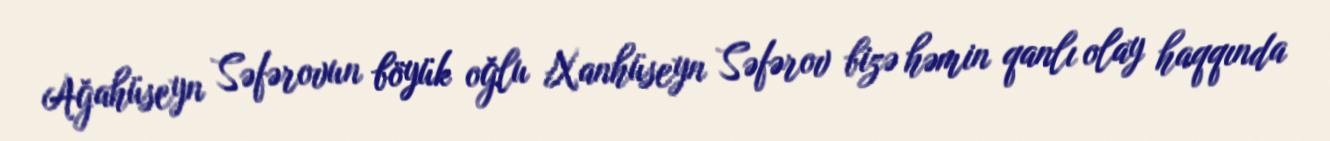
Ağahüseyn Səfərovun böyük oğlu Xanhüseyn Səfərov bizə həmin qanlı olay haqqında